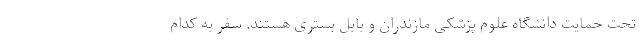
تحت حمایت دانشگاه علوم پزشکی مازندران و بابل بستری هستند. سفر به کدام